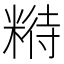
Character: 𱹑